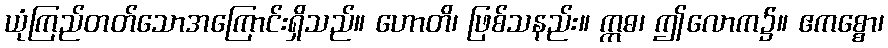
ယုံကြည်တတ်သောအကြောင်းရှိသည်။ ဟောတိ၊ ဖြစ်သနည်း။ ဣဓ၊ ဤလောက၌။ ဧကစ္စော၊